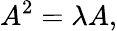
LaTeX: A^{2}=\lambda A,